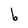
Character: b